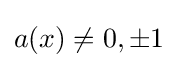
a(x)\neq 0,\pm 1